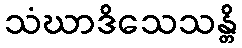
သံဃာဒိသေသန္တိ